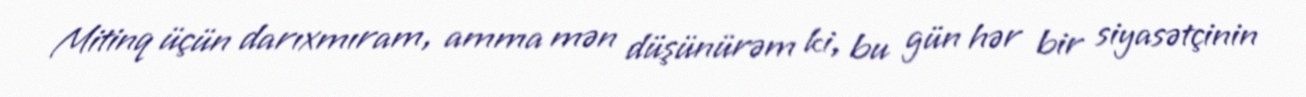
Mitinq üçün darıxmıram, amma mən düşünürəm ki, bu gün hər bir siyasətçinin